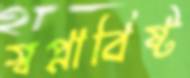
স্বপ্নাবিষ্ট